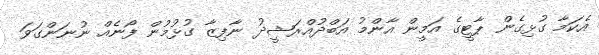
އެކަމާ ގުޅިގެން ޕާޓީގެ އަމީން އާންމު އަބްދުއްރަޝީދު ނާފިޒާ ގުޅުމުން ފޯނެއް ނުނަންގަވަ